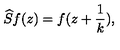
\widehat { S } f ( z ) = f ( z + \frac { 1 } { k } ) ,